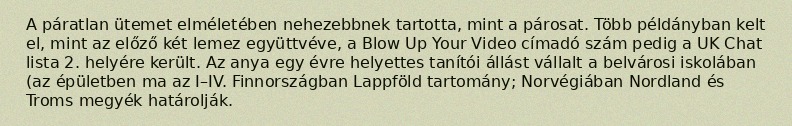
A páratlan ütemet elméletében nehezebbnek tartotta, mint a párosat. Több példányban kelt el, mint az előző két lemez együttvéve, a Blow Up Your Video címadó szám pedig a UK Chat lista 2. helyére került. Az anya egy évre helyettes tanítói állást vállalt a belvárosi iskolában (az épületben ma az I–IV. Finnországban Lappföld tartomány; Norvégiában Nordland és Troms megyék határolják.